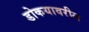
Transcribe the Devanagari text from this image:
डोकयावरील